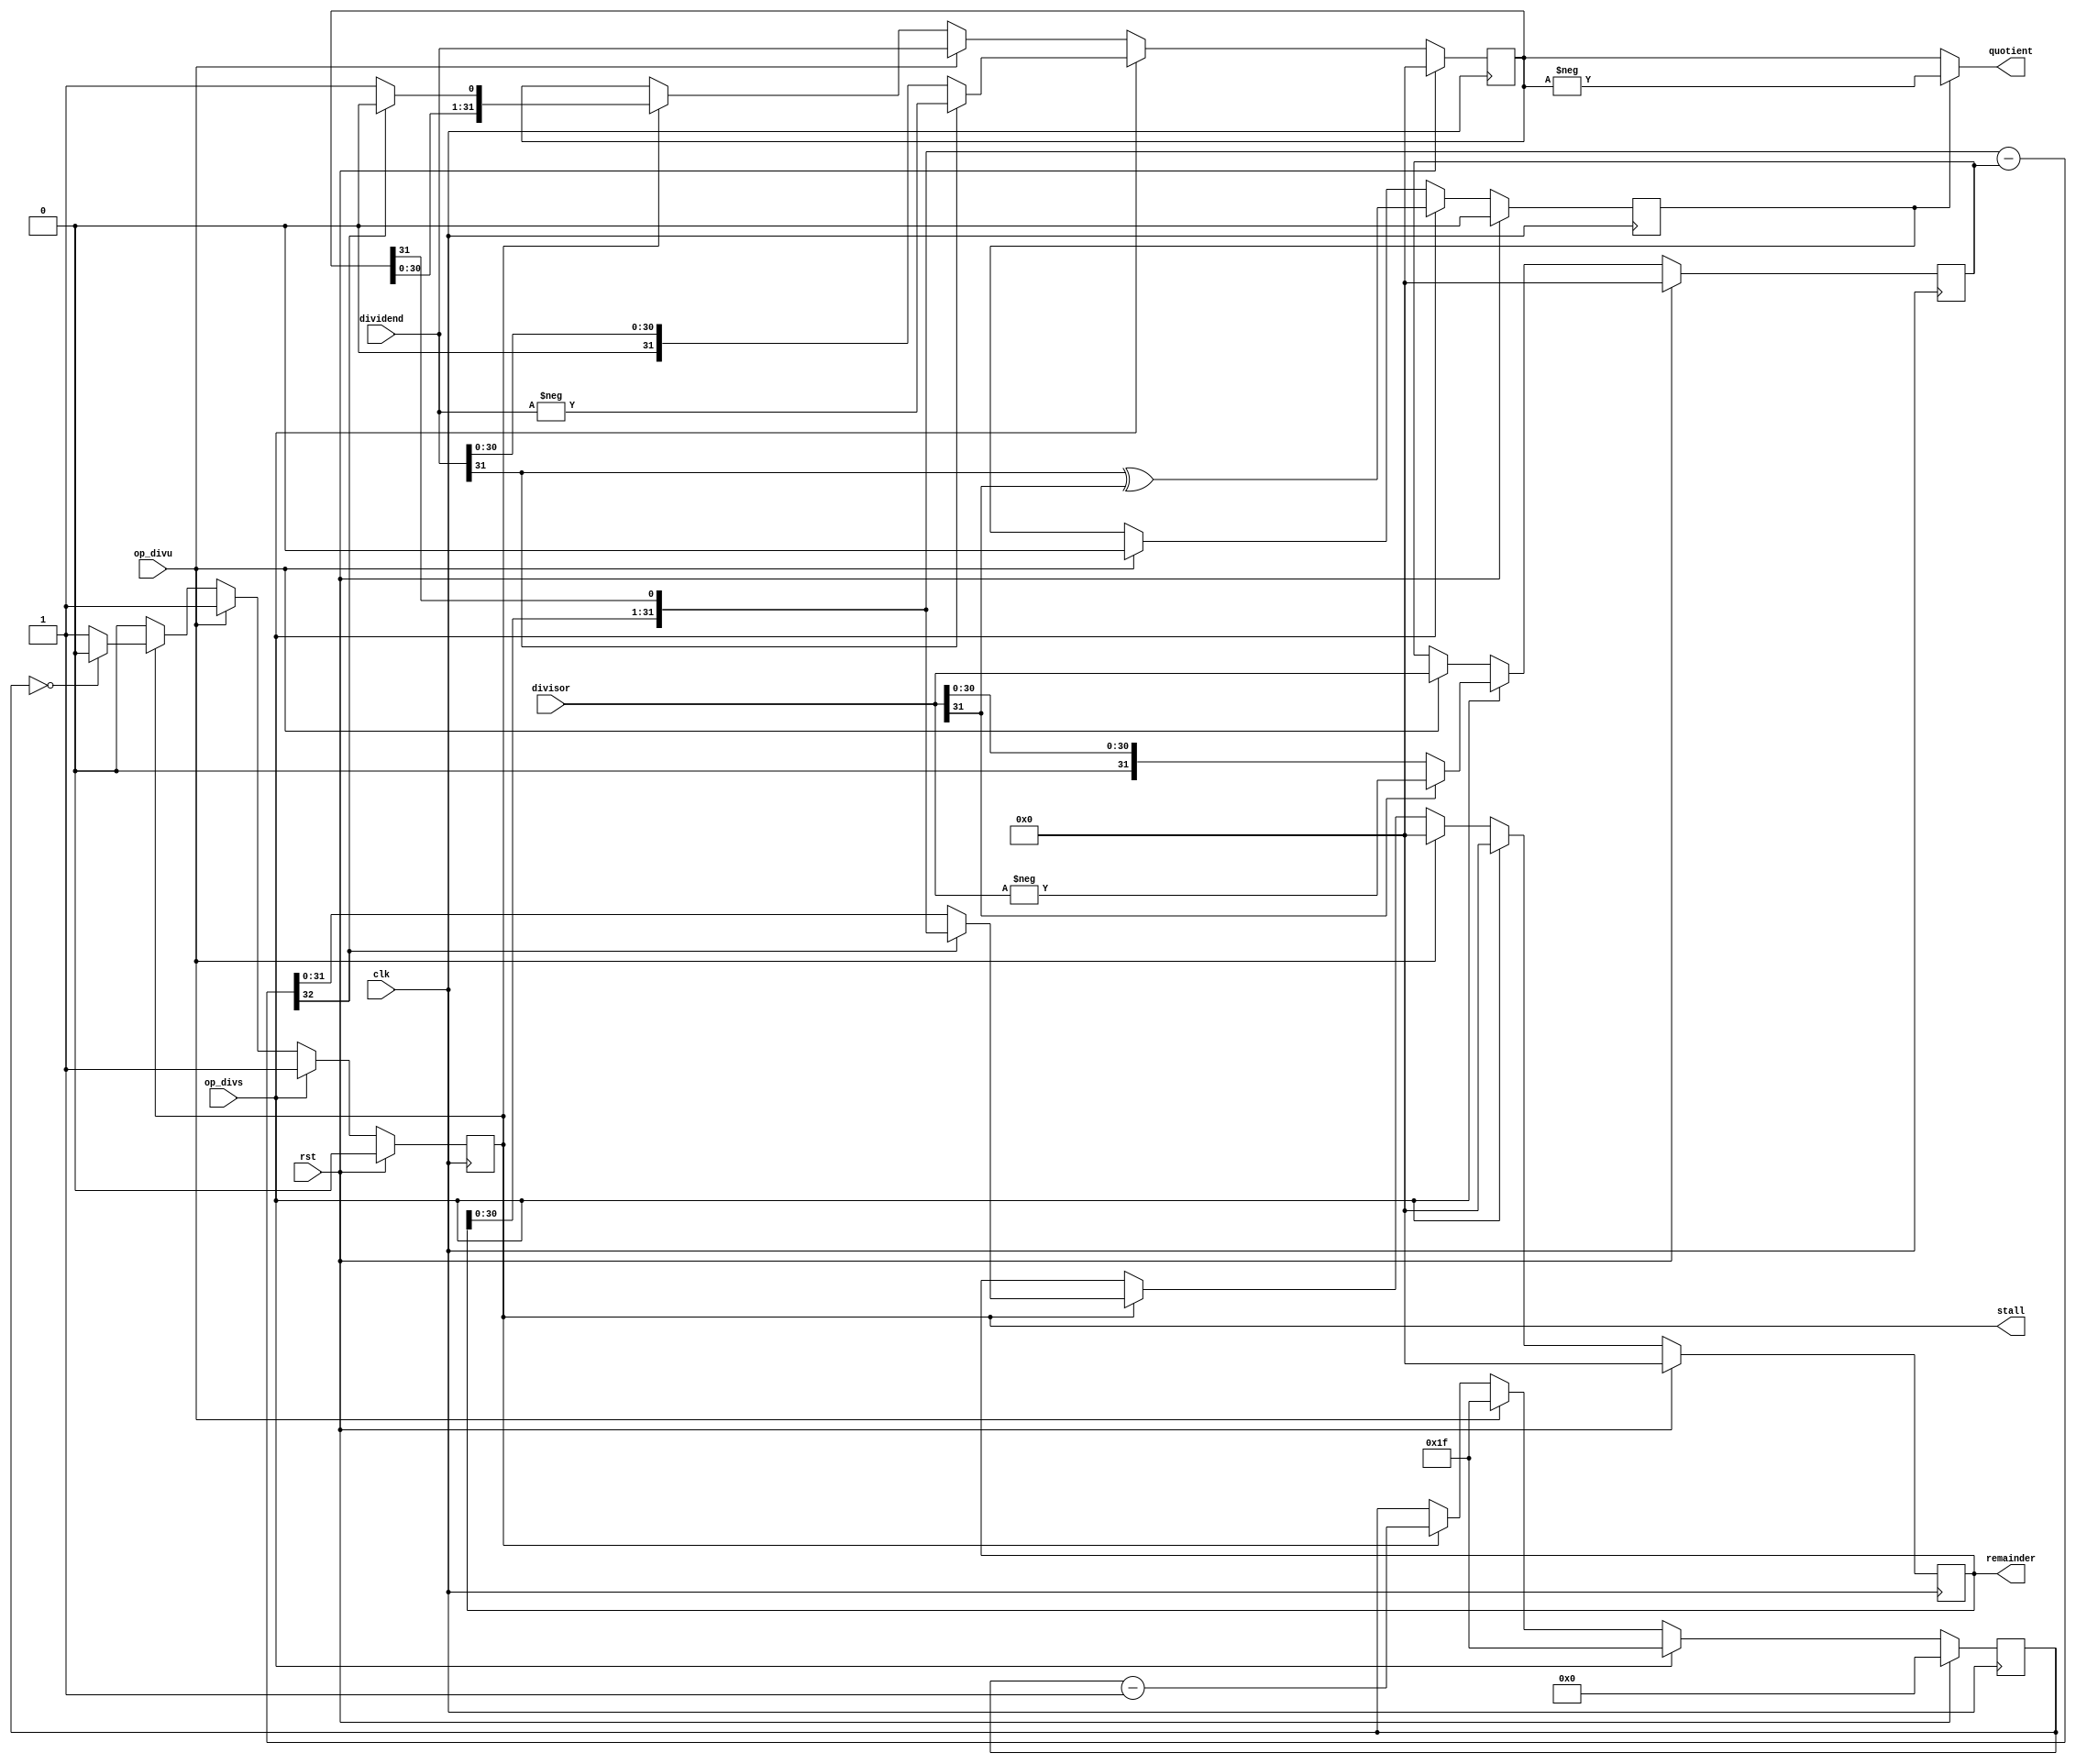
module ada_exu_div(
    input           clk,            // clock
    input           rst,            // reset
    input           op_divs,        // 1 for signed operation
    input           op_divu,        // 1 for unsigned operation
    input   [31:0]  dividend,       //
    input   [31:0]  divisor,        //
    output  [31:0]  quotient,       //
    output  [31:0]  remainder,      //
    output          stall           // 1 while calculating
    );

    //--------------------------------------------------------------------------
    // Signal Declaration: reg
    //--------------------------------------------------------------------------
    reg             active;             // 1 while running
    reg             neg_result;         // 1 if the result will be negative
    reg     [4:0]   cycle;              // number of cycles needed.

    reg     [31:0]  result;             // Store the result.
    reg     [31:0]  denominator;        // divisor
    reg     [31:0]  residual;           // current remainder

    //--------------------------------------------------------------------------
    // Signal Declaration: wire
    //--------------------------------------------------------------------------
    wire    [32:0]  partial_sub;        //

    //--------------------------------------------------------------------------
    // assigments
    //--------------------------------------------------------------------------
    assign quotient    = !neg_result ? result : -result;
    assign remainder   = residual;
    assign stall       = active;
    assign partial_sub = {residual[30:0], result[31]} - denominator;    // calculate the current digit

    //--------------------------------------------------------------------------
    // State Machine. This needs 32 cycles to calcule the result.
    // The result is loaded after 34 cycles
    // The first cycle is setup.
    //--------------------------------------------------------------------------
    always @(posedge clk) begin
        if (rst) begin
            active      <= 1'b0;
            neg_result  <= 1'b0;
            cycle       <= 5'b0;
            result      <= 32'b0;
            denominator <= 32'b0;
            residual    <= 32'b0;
        end
        else begin
            if(op_divs) begin
                // Signed division.
                cycle       <= 5'd31;
                result      <= (dividend[31] == 1'b0) ? dividend : -dividend;
                denominator <= (divisor[31] == 1'b0) ? divisor : -divisor;
                residual    <= 32'b0;
                neg_result  <= dividend[31] ^ divisor[31];
                active      <= 1'b1;
            end
            else if (op_divu) begin
                // Unsigned division.
                cycle       <= 5'd31;
                result      <= dividend;
                denominator <= divisor;
                residual    <= 32'b0;
                neg_result  <= 1'b0;
                active      <= 1'b1;
            end
            else if (active) begin
                // run a iteration
                if(partial_sub[32] == 1'b0) begin
                    residual <= partial_sub[31:0];
                    result   <= {result[30:0], 1'b1};
                end
                else begin
                    residual <= {residual[30:0], result[31]};
                    result   <= {result[30:0], 1'b0};
                end

                if (cycle == 5'b0) begin
                    active <= 1'b0;
                end

                cycle <= cycle - 5'd1;
            end
        end
    end
endmodule